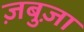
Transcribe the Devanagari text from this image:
ज़बुज़ा